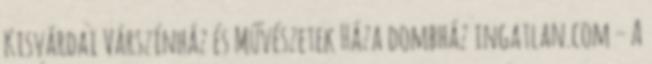
Kisvárdai Várszínház és Művészetek Háza dombház ingatlan.com – A